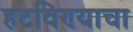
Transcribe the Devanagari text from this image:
हटविण्याचा